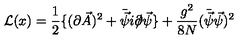
{ \cal L } ( x ) = { \frac { 1 } { 2 } } \{ ( \partial \vec { A } ) ^ { 2 } + \bar { \vec { \psi } } i \partial \llap / \vec { \psi } \} + { \frac { g ^ { 2 } } { 8 N } } ( \bar { \vec { \psi } } \vec { \psi } ) ^ { 2 }